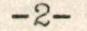
-2-